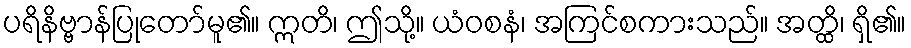
ပရိနိဗ္ဗာန်ပြုတော်မူ၏။ ဣတိ၊ ဤသို့။ ယံဝစနံ၊ အကြင်စကားသည်။ အတ္ထိ၊ ရှိ၏။